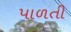
પાળતી